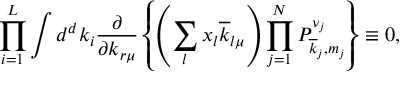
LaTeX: \prod _ { i = 1 } ^ { L } \int d ^ { d } k _ { i } \frac { \partial } { \partial k _ { r \mu } } \left\{ \left( \sum _ { l } x _ { l } \overline { { { k } } } _ { l \mu } \right) \prod _ { j = 1 } ^ { N } P _ { \overline { { { k } } } _ { j } , m _ { j } } ^ { \nu _ { j } } \right\} \equiv 0 ,